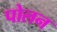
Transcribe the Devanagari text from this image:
पोलन